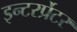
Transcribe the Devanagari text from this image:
इन्टरर्प्रेटर